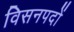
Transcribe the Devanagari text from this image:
विसनपदों